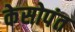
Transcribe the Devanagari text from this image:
केसोपंत